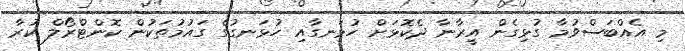
މި އެއްބަސްވުމާ ގުޅިގެން އީރާނާ ދެކޮޅަށް ހުޅަނގާއި ހުޅަނގުގެ ގައުމުތަކުން ކޮންޓްރޯލް ކުރާ